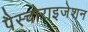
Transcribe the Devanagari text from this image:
पैस्चोराइजेशन